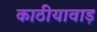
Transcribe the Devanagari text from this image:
काठीयावाड़